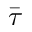
\bar { \tau }